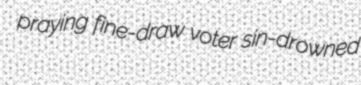
praying fine-draw voter sin-drowned